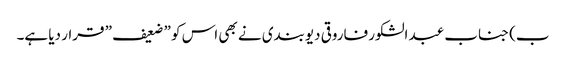
ب) جناب عبد الشکور فاروقی دیوبندی نے بھی اس کو ” ضعیف ” قرار دیا ہے۔